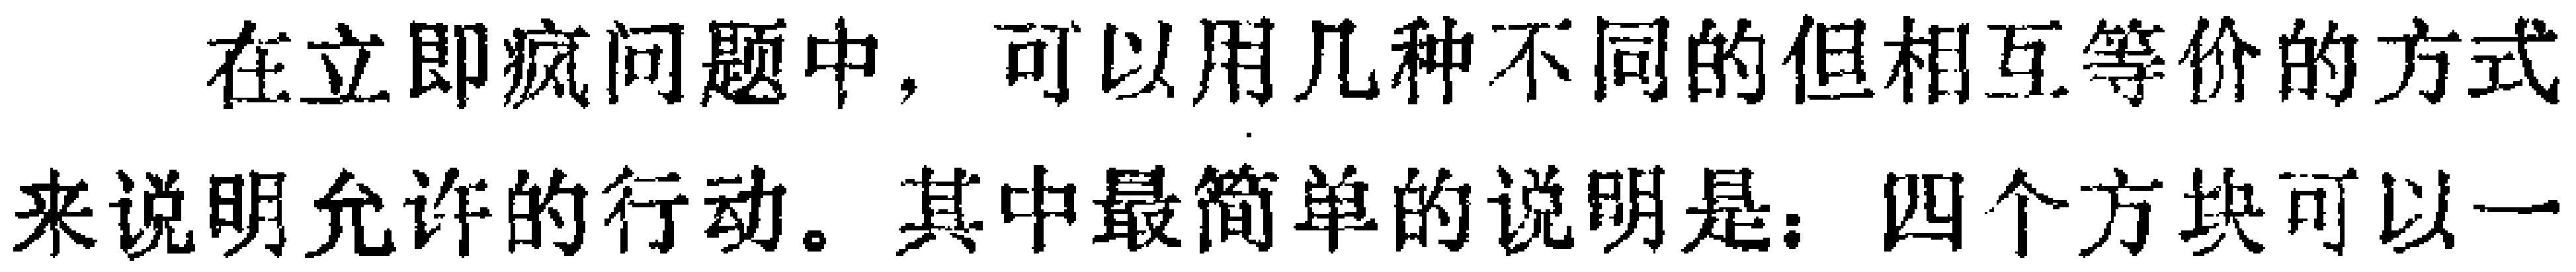
在立即疯问题中，可以用几种不同的但相互等价的方式来说明允许的行动。其中最简单的说明是：四个方块可以一